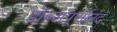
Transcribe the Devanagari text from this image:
डॉ॰संपूर्णानंद